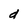
Character: d